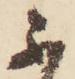
不